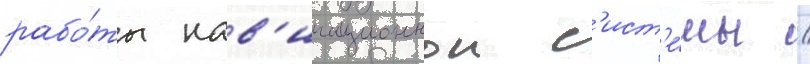
рабо́ты нав'игационнои с'ист'е́мы /